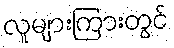
လူများကြားတွင်